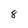
Character: 8